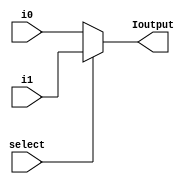
module mux_21_5b (i0, i1, select ,Ioutput);
input [4:0] i0,i1;
input select;
output [4:0] Ioutput;
assign Ioutput = select ? i1 :i0;
endmodule